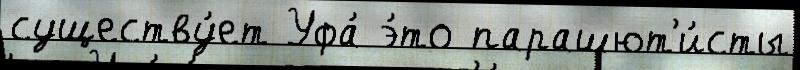
существу́ет Уфа́ э́то парашют'и́сты